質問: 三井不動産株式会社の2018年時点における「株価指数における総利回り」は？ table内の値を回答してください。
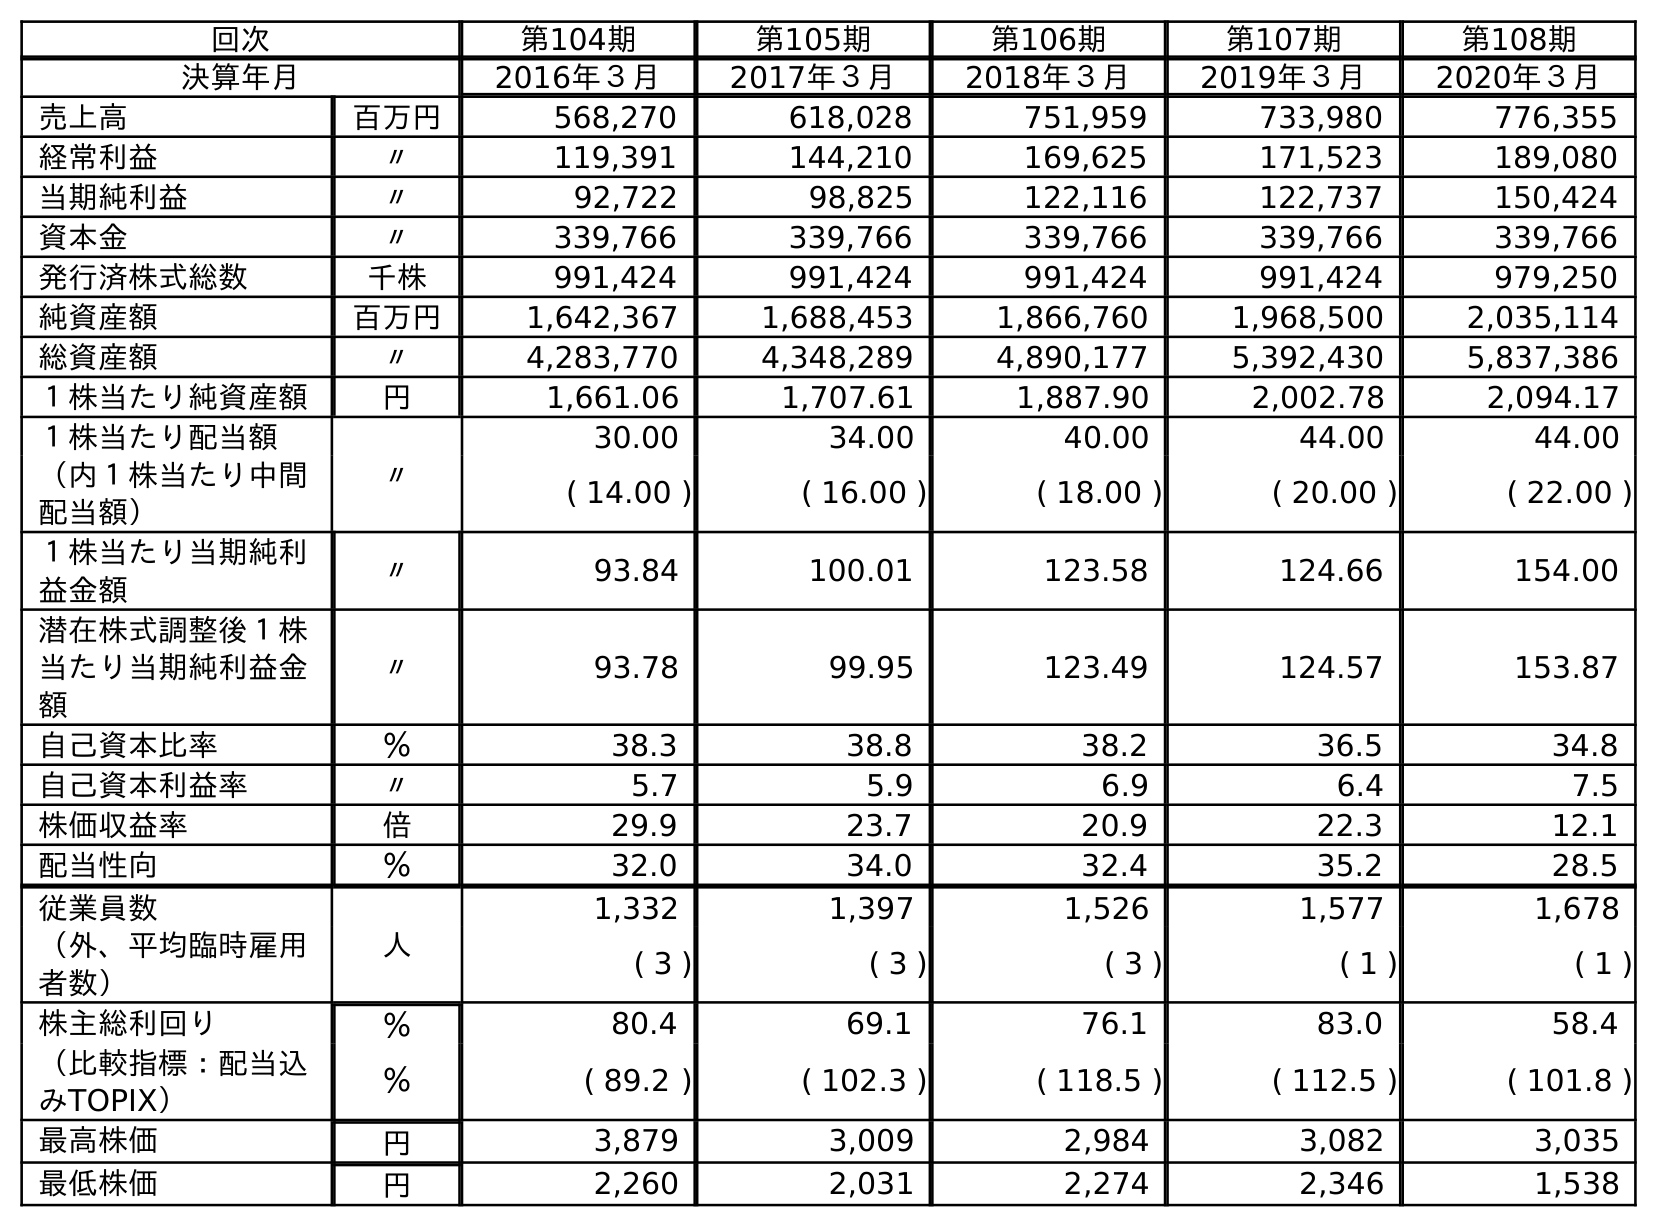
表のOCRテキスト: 回次 第104期 第105期 第106期 第107期 第108期 決算年月 2016年３月 2017年３月 2018年３月 2019年３月 2020年３月 売上高 百万円 568,270 618,028 751,959 733,980 776,355 経常利益 〃 119,391 144,210 169,625 171,523 189,080 当期純利益 〃 92,722 98,825 122,116 122,737 150,424 資本金 〃 339,766 339,766 339,766 339,766 339,766 発行済株式総数 千株 991,424 991,424 991,424 991,424 979,250 純資産額 百万円 1,642,367 1,688,453 1,866,760 1,968,500 2,035,114 総資産額 〃 4,283,770 4,348,289 4,890,177 5,392,430 5,837,386 １株当たり純資産額 円 1,661.06 1,707.61 1,887.90 2,002.78 2,094.17 １株当たり配当額 〃 30.00 34.00 40.00 44.00 44.00 （内１株当たり中間 配当額） ( 14.00 ) ( 16.00 ) ( 18.00 ) ( 20.00 ) ( 22.00 ) １株当たり当期純利 益金額 〃 93.84 100.01 123.58 124.66 154.00 潜在株式調整後１株 当たり当期純利益金 額 〃 93.78 99.95 123.49 124.57 153.87 自己資本比率 ％ 38.3 38.8 38.2 36.5 34.8 自己資本利益率 〃 5.7 5.9 6.9 6.4 7.5 株価収益率 倍 29.9 23.7 20.9 22.3 12.1 配当性向 ％ 32.0 34.0 32.4 35.2 28.5 従業員数 人 1,332 1,397 1,526 1,577 1,678 （外、平均臨時雇用 者数） ( 3 ) ( 3 ) ( 3 ) ( 1 ) ( 1 ) 株主総利回り ％ 80.4 69.1 76.1 83.0 58.4 （比較指標：配当込 みTOPIX） ％ ( 89.2 ) ( 102.3 ) ( 118.5 ) ( 112.5 ) ( 101.8 ) 最高株価 円 3,879 3,009 2,984 3,082 3,035 最低株価 円 2,260 2,031 2,274 2,346 1,538
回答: (118.5)